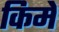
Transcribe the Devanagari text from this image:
किमे